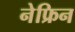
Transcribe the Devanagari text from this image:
नेफ्रिन